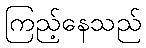
ကြည့်နေသည်